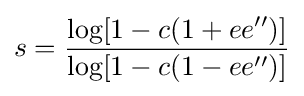
s={\frac {\log[1-c(1+ee'')]}{\log[1-c(1-ee'')]}}